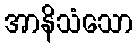
အာနိသံသော